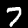
Digit: 7